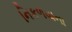
નિકળવાના